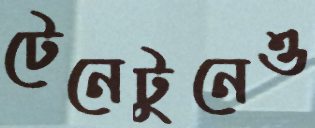
টেনেটুনেও